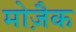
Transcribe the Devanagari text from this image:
मोज़ैक